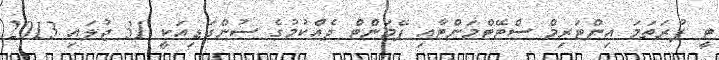
ޓީ ފުރަތަމަ އިންޓަރިމް ސްޓޭޓްމަންޓާއި ޕޭމަންޓް ދެއްކުމުގެ ސުންގަޑިއަކީ 31 ޖުލައި 2013